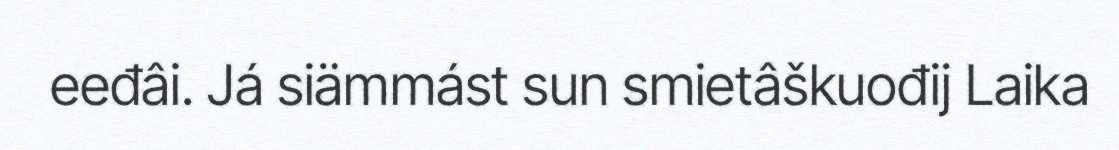
eeđâi. Já siämmást sun smietâškuođij Laika